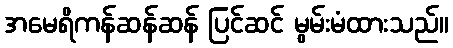
အမေရိကန်ဆန်ဆန် ပြင်ဆင် မွမ်းမံထားသည်။